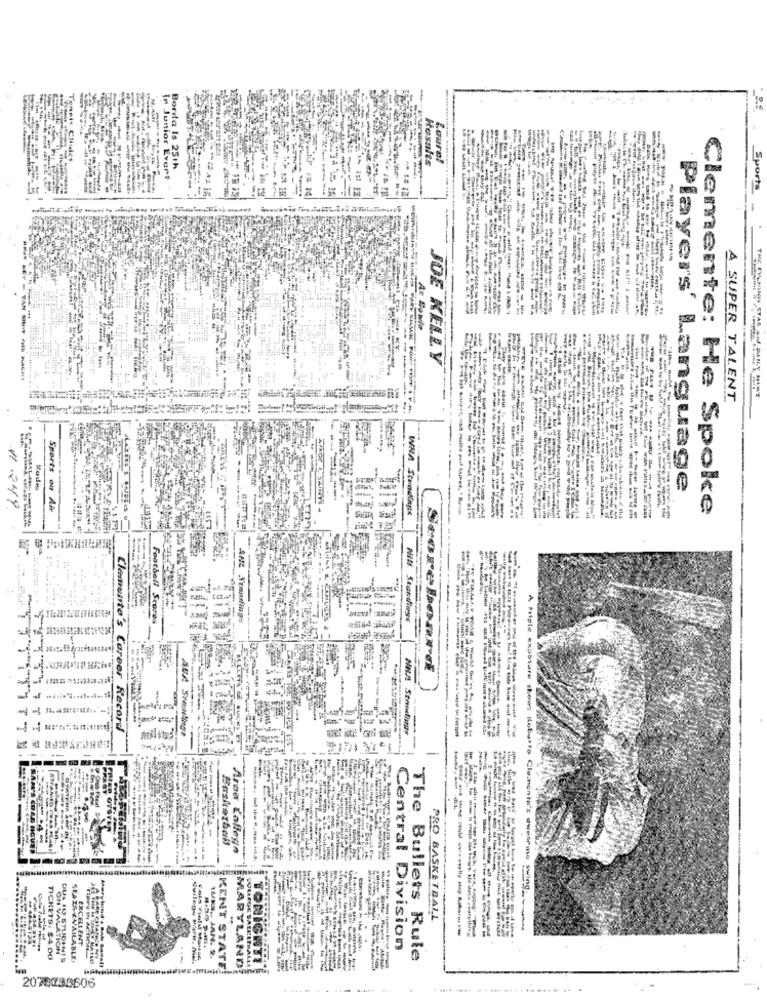
-
Hosuits
Laura!
Borda Is 25th
-
In Junior Evert
Sport
------
At Sowie
JOE KELLY
A SUPER TALENT
---
Radio
Players' Language
#1 249
Sports on Air
Clemente: He Spoke
Football Scores
Nill. Standings
-
Senrebonrok
Record
Clemente's Career Record
AUA Settinge
-
---
with
A fripte exposure shows Koburto Clinunta's awear
Area College
--------
TICK
PRO BASKETBALL
----------
wearme -wing ---
EXCELLENT
Central Division
4.00
TUKS .. JAN. 2.
TONIGHTI
The Bullets Rule
KENT STATE
MARYLAND
2070730606